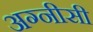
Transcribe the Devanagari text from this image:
अग्नीसी